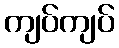
ကျပ်ကျပ်